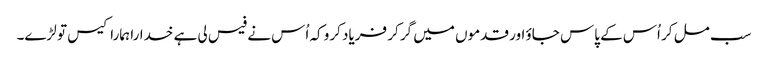
سب مل کر اُس کے پاس جاؤ اور قدموں میں گر کر فریاد کرو کہ اُس نے فیس لی ہے خدارا ہمارا کیس تو لڑے۔